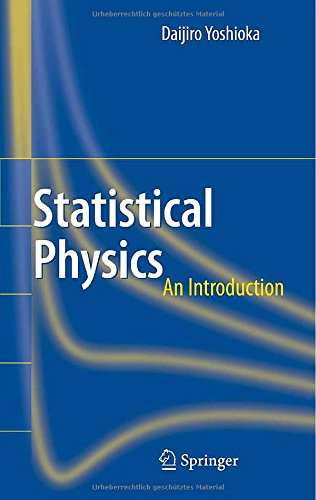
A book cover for Statistical Physics: An Introduction; Daijiro Yoshioka; Science & Math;